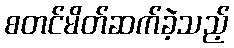
စတင်မိတ်ဆက်ခဲ့သည့်